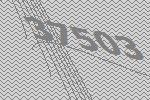
37503